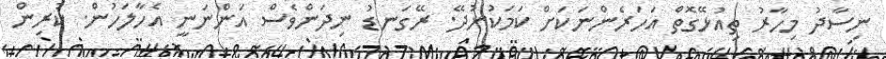
ނިސާދު މިހާރު ތިއުޅޭގޮތް އަހަރެންނަކަށް ކަމަކުނުދޭ. ރޭގަނޑު ނިދަންވެސް އަންނަނީ އެހާލަހުން. ކުރިން